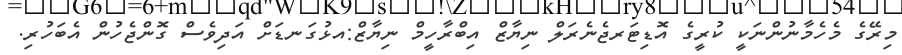
މިރޭގެ މެހެމާނުންނަކީ ކުރީގެ އޮޑިޓަރޖެނެރަލް ނިޔާޒް އިބްރާހީމް ނިޔާޒް:އޅުގަނޑަށް އަދިވެސް ގޮންޖެހުން އެބަހުރި.